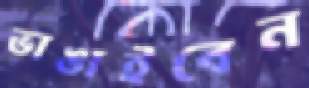
ভাঙাইবেন